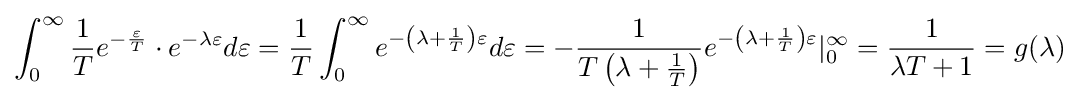
\int _{0}^{\infty }{\dfrac {1}{T}}e^{-{\frac {\varepsilon }{T}}}\cdot e^{-\lambda \varepsilon }d\varepsilon ={\dfrac {1}{T}}\int _{0}^{\infty }e^{-\left(\lambda +{\frac {1}{T}}\right)\varepsilon }d\varepsilon =-{\dfrac {1}{T\left(\lambda +{\frac {1}{T}}\right)}}e^{-\left(\lambda +{\frac {1}{T}}\right)\varepsilon }|_{0}^{\infty }={\dfrac {1}{\lambda T+1}}=g(\lambda )